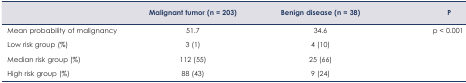
<table><thead><tr><td></td><td><b>Malignant tumor (n = 203)</b></td><td><b>Benign disease (n = 38)</b></td><td><b>P</b></td></tr></thead><tbody><tr><td>Mean probability of malignancy</td><td>51.7</td><td>34.6</td><td>p &lt; 0.001</td></tr><tr><td>Low risk group (%)</td><td>3 (1)</td><td>4 (10)</td><td></td></tr><tr><td>Median risk group (%)</td><td>112 (55)</td><td>25 (66)</td><td></td></tr><tr><td>High risk group (%)</td><td>88 (43)</td><td>9 (24)</td><td></td></tr></tbody></table>